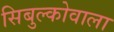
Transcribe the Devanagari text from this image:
सिबुल्कोवाला